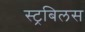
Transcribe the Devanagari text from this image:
स्ट्रबिलस